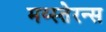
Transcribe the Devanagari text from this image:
मय्स्तेरन्स